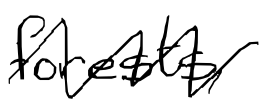
Text: forests,
Cross-out: zig-zag
Writing tool: digital_black